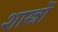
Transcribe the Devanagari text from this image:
शास्त्राें